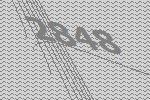
2848